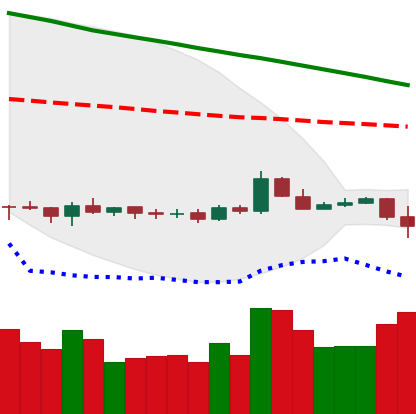
Ticker: ETC-USD
Chart end date: 2019-10-16
Forward return: 3.304%
Label: up_3_5